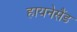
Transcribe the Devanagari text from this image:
हायनेसैंड